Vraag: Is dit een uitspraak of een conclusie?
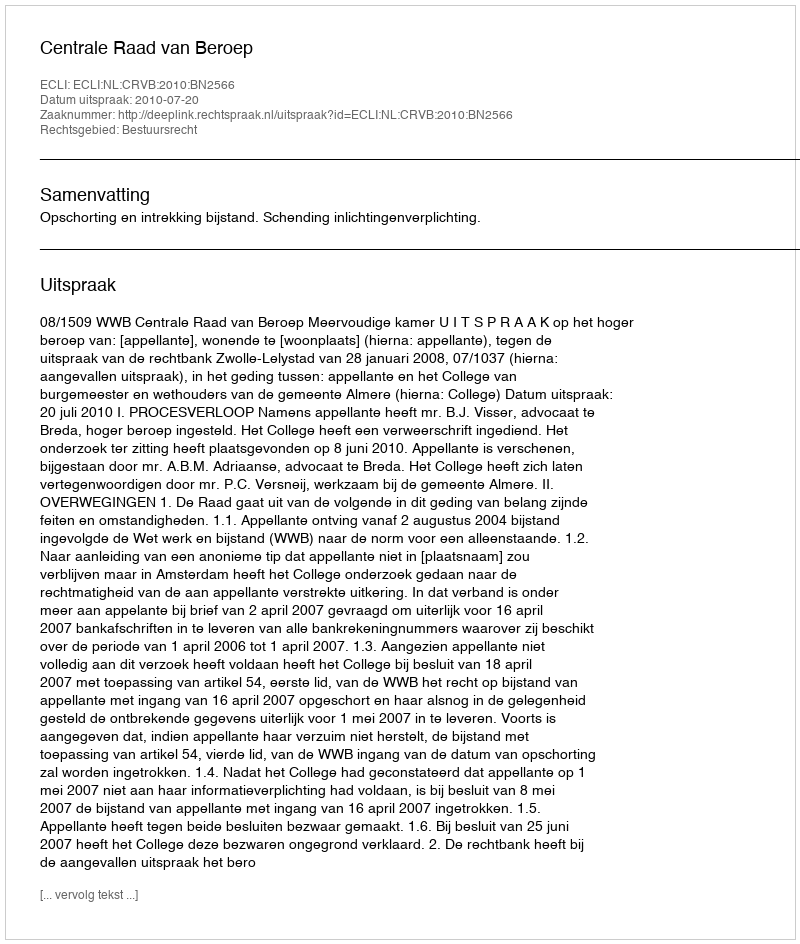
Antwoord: Uitspraak